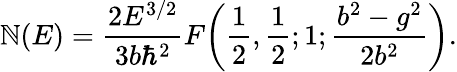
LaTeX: \mathbb{N}(E)={\frac{{2E^{3/2}}}{{3b\hbar^{2}}}}F\! \left({\frac{{1}}{{2}}},{\frac{{1}}{{2}}};1;{\frac{{b^{2}-g^{2}}}{{2b^{2}}}}\right).